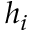
h _ { i }